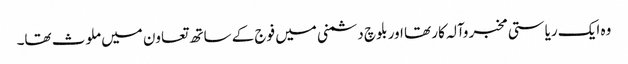
وہ ایک ریاستی مخبر وآلہ کار تھا اور بلوچ دشمنی میں فوج کے ساتھ تعاون میں ملوث تھا۔